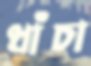
ধাঁচা